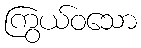
ကြွယ်ဝသော